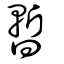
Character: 蹔